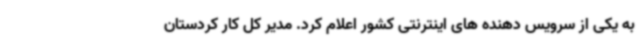
به یکی از سرویس دهنده های اینترنتی کشور اعلام کرد. مدیر کل کار کردستان